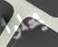
يحلوا